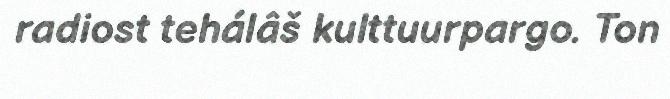
radiost tehálâš kulttuurpargo. Ton